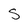
Character: S